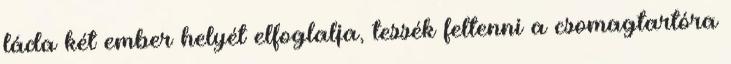
láda két ember helyét elfoglalja, tessék feltenni a csomagtartóra